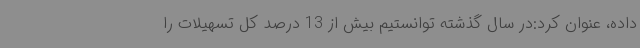
داده، عنوان کرد:در سال گذشته توانستیم بیش از 13 درصد کل تسهیلات را